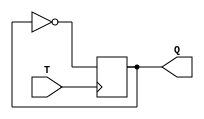
module t_flip_flop(input T, output reg Q);

always @(posedge T)
  Q <= ~Q;

endmodule